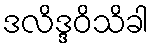
ဒလိဒ္ဒဝိသိခါ